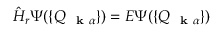
\hat { H } _ { r } \Psi ( \{ Q _ { \mathrm { ~ \bf ~ k ~ } \alpha } \} ) = E \Psi ( \{ Q _ { \mathrm { ~ \bf ~ k ~ } \alpha } \} )